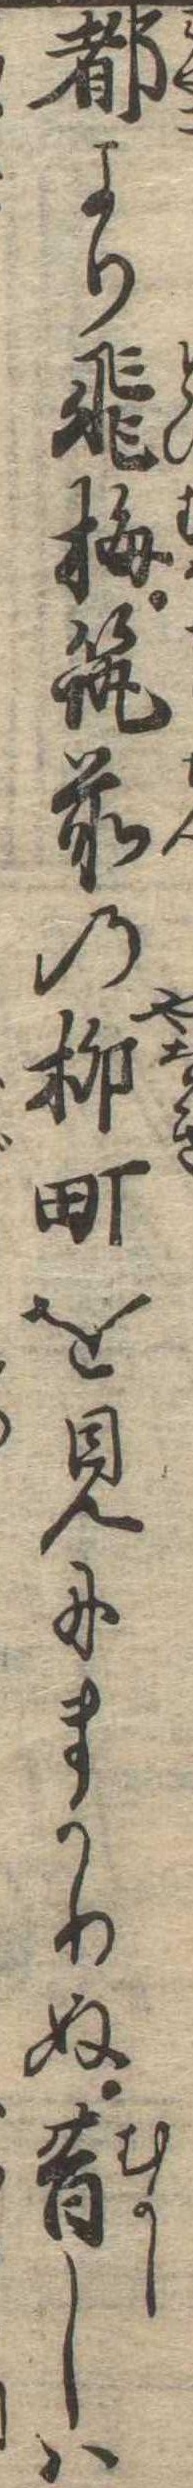
都より飛梅筑前の柳町を見にまかりぬ昔しは